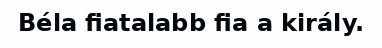
Béla fiatalabb fia a király.